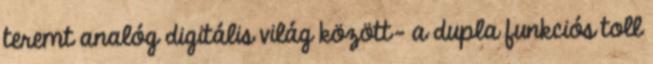
teremt analóg digitális világ között- a dupla funkciós toll